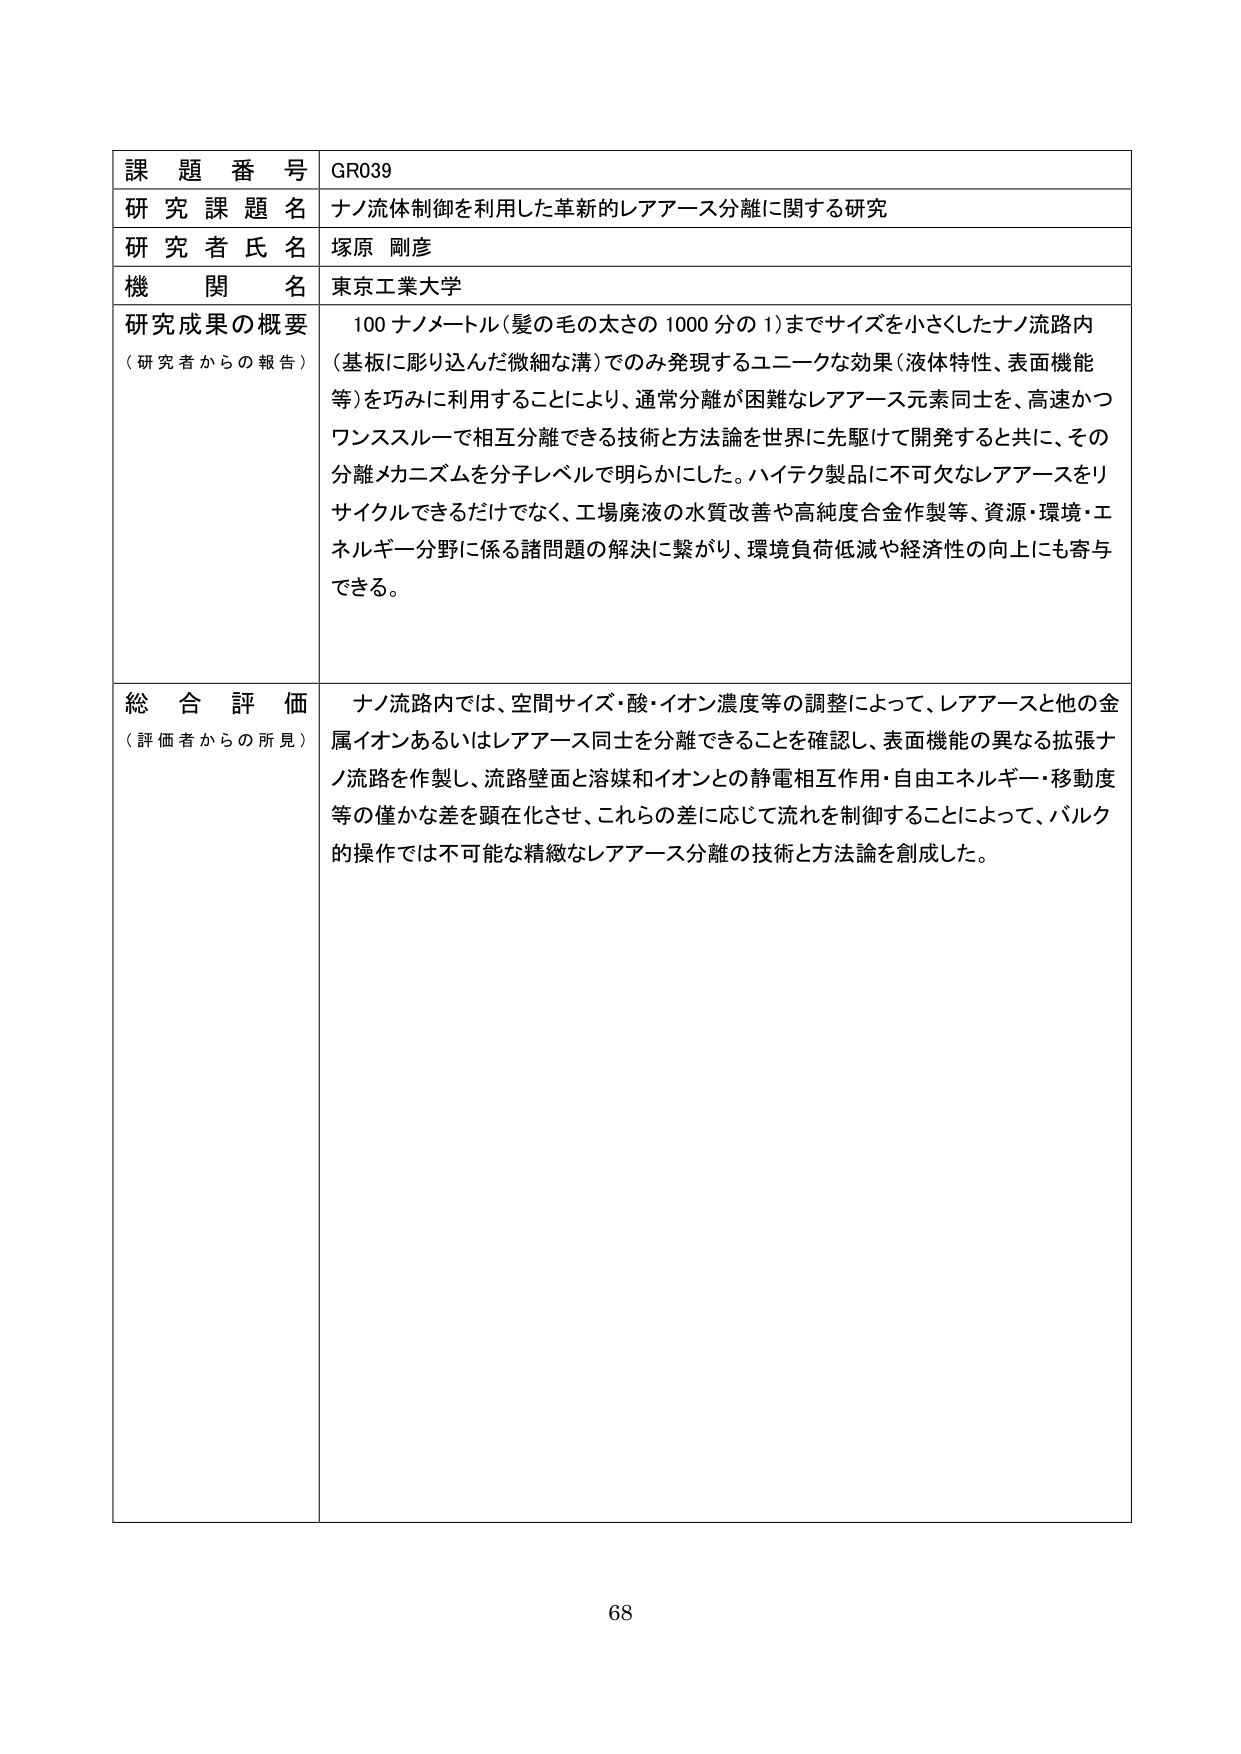
課題番号 GR039
研究課題名 ナノ流体制御を利用した革新的レアアース分離に関する研究
研究者氏名 塚原 剛彦
機関名 東京工業大学
研究成果の概要（研究者からの報告） 100 ナノメートル（髪の毛の太さの 1000 分の 1）までサイズを小さくしたナノ流路内（基板に彫り込んだ微細な溝）でのみ発現するユニークな効果（液体特性、表面機能等）を巧みに利用することにより、通常分離が困難なレアアース元素同士を、高速かつワンススルーで相互分離できる技術と方法論を世界に先駆けて開発すると共に、その分離メカニズムを分子レベルで明らかにした。ハイテク製品に不可欠なレアアースをリサイクルできるだけでなく、工場廃液の水質改善や高純度合金作製等、資源・環境・エネルギー分野に係る諸問題の解決に繋がり、環境負荷低減や経済性の向上にも寄与できる。
総合評価（評価者からの所見） ナノ流路内では、空間サイズ・酸・イオン濃度等の調整によって、レアアースと他の金属イオンあるいはレアアース同士を分離できることを確認し、表面機能の異なる拡張ナノ流路を作製し、流路壁面と溶媒和イオンとの静電相互作用・自由エネルギー・移動度等の僅かな差を顕在化させ、これらの差に応じて流れを制御することによって、バルク的操作では不可能な精緻なレアアース分離の技術と方法論を創成した。
68